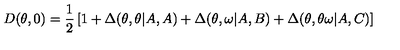
D ( \theta , 0 ) = \frac { 1 } { 2 } \left[ 1 + \Delta ( \theta , \theta | A , A ) + \Delta ( \theta , \omega | A , B ) + \Delta ( \theta , \theta \omega | A , C ) \right]